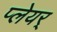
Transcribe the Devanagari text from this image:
प्लेयर्